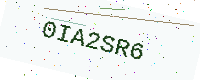
Text: 0IA2SR6